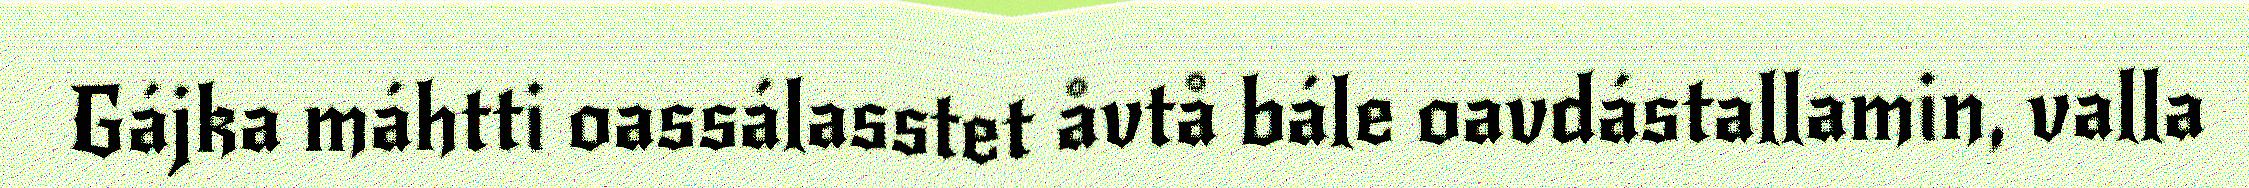
Gájka máhtti oassálasstet åvtå bále oavdástallamin, valla